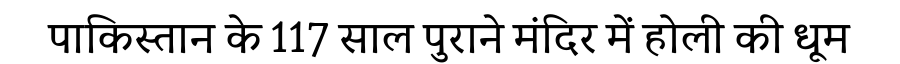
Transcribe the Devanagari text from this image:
पाकिस्तान के 117 साल पुराने मंदिर में होली की धूम